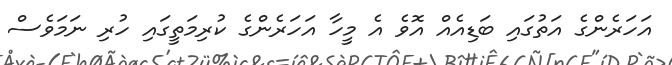
އަހަރެންގެ އަތުގައި ބަޑިއެއް އޮވެ އެ މީހާ އަހަރެންގެ ކުރިމަތީގައި ހުރި ނަމަވެސް